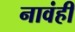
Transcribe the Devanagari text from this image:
नावंही